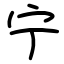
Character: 宁